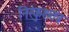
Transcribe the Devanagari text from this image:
निरंकुशतंत्र